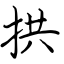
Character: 拱